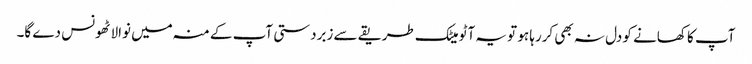
آپ کا کھانے کو دل نہ بھی کررہا ہو تو یہ آٹو میٹک طریقے سے زبردستی آپ کے منہ میں نوالا ٹھونس دے گا۔